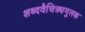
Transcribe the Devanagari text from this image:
शब्दवैचित्र्यमूलक